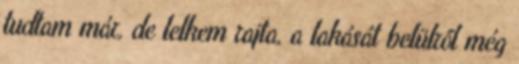
tudtam már, de lelkem rajta, a lakását belülről még